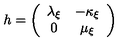
h = \left( \begin{array} { c c } { \lambda _ { \xi } } & { - \kappa _ { \xi } } \\ { 0 } & { \mu _ { \xi } } \\ \end{array} \right)